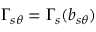
\Gamma _ { s \theta } = \Gamma _ { s } ( b _ { s \theta } )